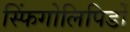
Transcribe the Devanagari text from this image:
स्फिंगोलिपिडों